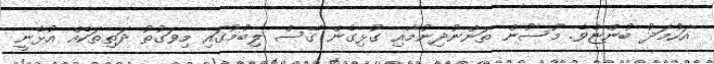
އަހުމަދު ބުންޏެވެ. މޫސުން ތަންނުދިނުމާއި ގުޅިގެން ގޭސް ލިބުމުގައި މިވަގުތު ދަތިތަކެއް އުޅެނީ